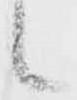
候